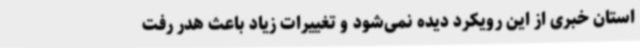
استان خبری از این رویکرد دیده نمی‌شود و تغییرات زیاد باعث هدر رفت